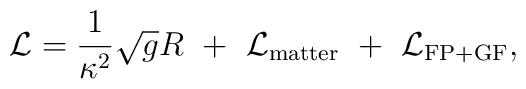
{\cal L}= \frac{1}{\kappa^2}\sqrt{g}R~+~{\cal L}_{\rm{matter}}~+~{\cal L}_{\rm{FP+GF}},